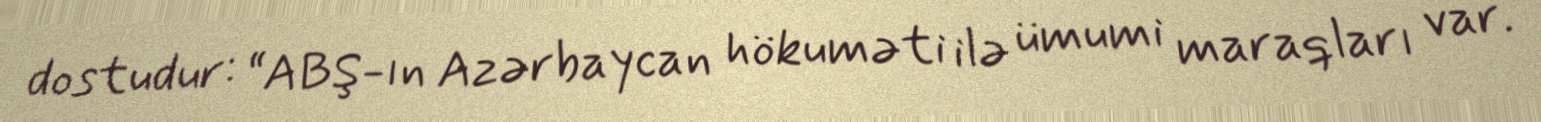
dostudur: “ABŞ-ın Azərbaycan hökuməti ilə ümumi maraqları var.